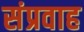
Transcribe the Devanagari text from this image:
संप्रवाह